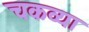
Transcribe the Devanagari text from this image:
चकव्या